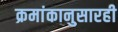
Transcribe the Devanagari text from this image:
क्रमांकानुसारही